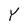
Character: Y